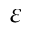
\varepsilon